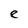
Character: e